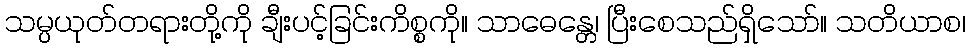
သမ္ပယုတ်တရားတို့ကို ချီးပင့်ခြင်းကိစ္စကို။ သာဓေန္တေ၊ ပြီးစေသည်ရှိသော်။ သတိယာစ၊